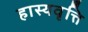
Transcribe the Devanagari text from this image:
हास्यवृत्ति